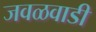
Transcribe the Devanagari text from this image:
जवळवाडी